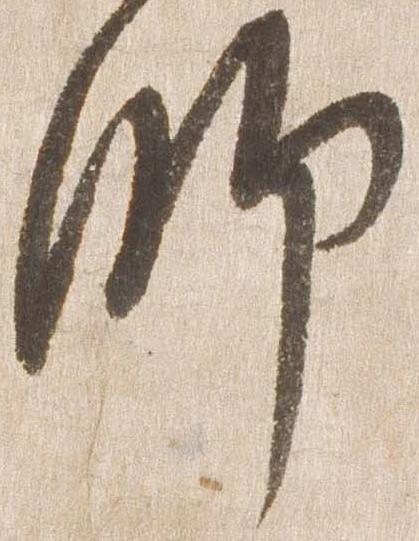
師